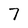
Character: 7